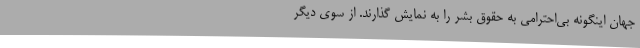
جهان اینگونه بی‌احترامی به حقوق بشر را به نمایش گذارند. از سوی دیگر